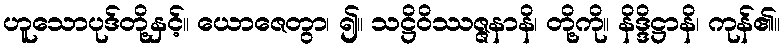
ဟူသောပုဒ်တို့နှင့်။ ယောဇေတွာ၊ ၍။ သဋ္ဌိဝိဿဇ္ဇနာနိ၊ တို့ကို။ နိဒ္ဒိဋ္ဌာနိ၊ ကုန်၏။